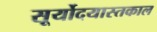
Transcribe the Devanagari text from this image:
सूर्योदयास्तकाल